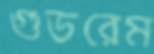
গুডরেম